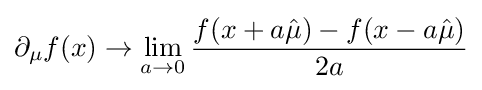
\partial _{\mu }f(x)\rightarrow \lim _{a\rightarrow 0}{\frac {f(x+a{\hat {\mu }})-f(x-a{\hat {\mu }})}{2a}}